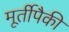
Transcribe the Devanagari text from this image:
मूर्तीपैकी